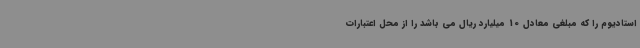
استادیوم را که مبلغی معادل 10 میلیارد ریال می باشد را از محل اعتبارات